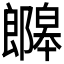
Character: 𫑯